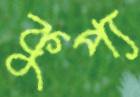
কুপ্য